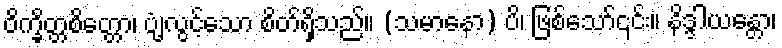
ဝိက္ခိတ္တစိတ္တော၊ ပျံ့လွင့်သော စိတ်ရှိသည်။ (သမာနော) ပိ၊ ဖြစ်သော်၎င်း။ နိဒ္ဒါယန္တော၊